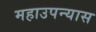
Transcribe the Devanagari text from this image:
महाउपन्यास